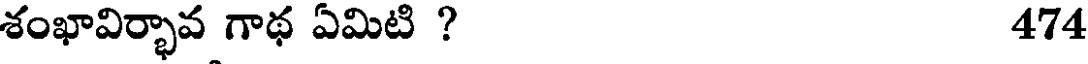
శంఖావిర్భావ గాథ ఏమిటి ? 474